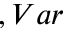
, V a r